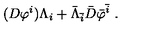
( D { \varphi } ^ { i } ) \Lambda _ { i } + \bar { \Lambda } _ { \bar { i } } \bar { D } { \bar { \varphi } } ^ { \bar { i } } \ .